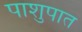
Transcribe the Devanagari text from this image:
पाशुपात